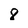
Character: 8